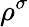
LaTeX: \rho^{\sigma}